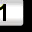
Digit: 1